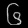
Digit: ၆